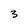
Character: 3